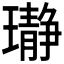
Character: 𬎛